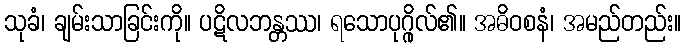
သုခံ၊ ချမ်းသာခြင်းကို။ ပဋိလဘန္တဿ၊ ရသောပုဂ္ဂိုလ်၏။ အဓိဝစနံ၊ အမည်တည်း။